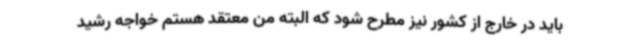
باید در خارج از کشور نیز مطرح شود که البته من معتقد هستم خواجه رشید